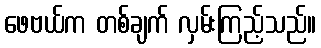
ဖေဗယ်က တစ်ချက် လှမ်းကြည့်သည်။